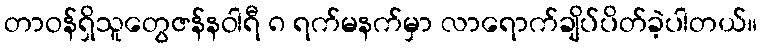
တာဝန်ရှိသူတွေဇန်နဝါရီ ၈ ရက်မနက်မှာ လာရောက်ချိပ်ပိတ်ခဲ့ပါတယ်။